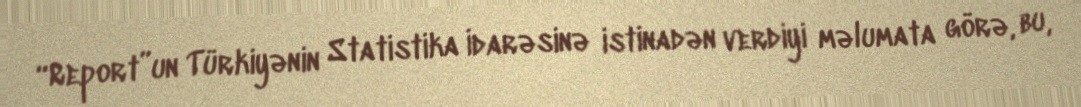
“Report”un Türkiyənin Statistika İdarəsinə istinadən verdiyi məlumata görə, bu,